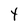
Character: t